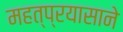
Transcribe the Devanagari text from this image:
महत्प्रयासाने